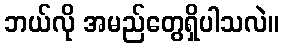
ဘယ်လို အမည်တွေရှိပါသလဲ။